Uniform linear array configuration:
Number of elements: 16
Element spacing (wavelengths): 0.5
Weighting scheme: kaiser
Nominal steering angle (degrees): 45
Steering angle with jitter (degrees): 43.977
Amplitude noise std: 0.05
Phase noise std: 0.05

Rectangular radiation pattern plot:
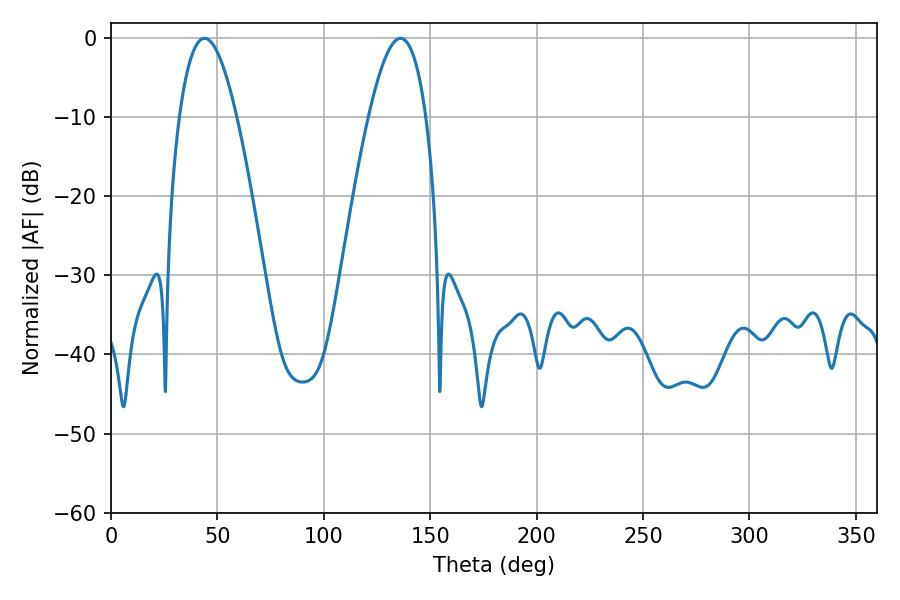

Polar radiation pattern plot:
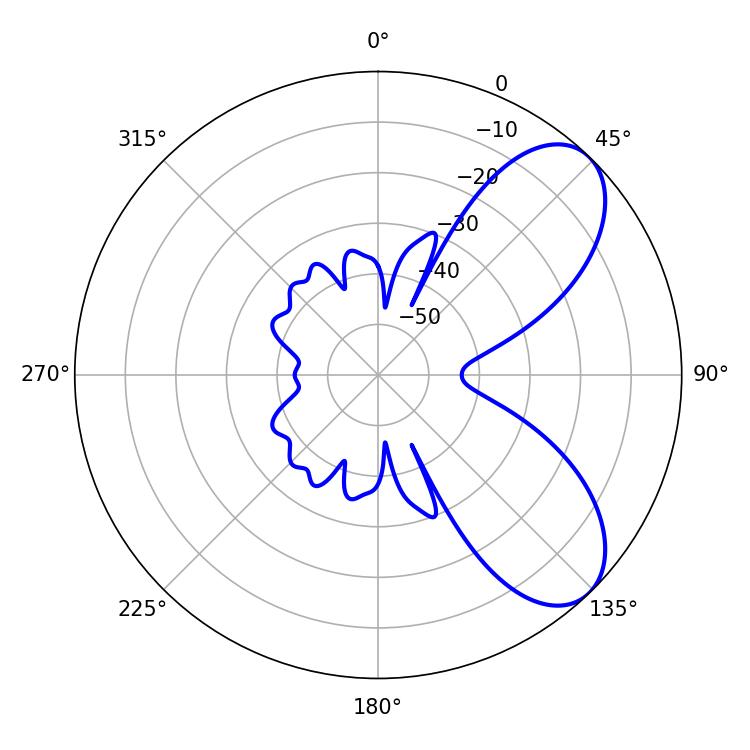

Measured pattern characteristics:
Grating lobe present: FALSE
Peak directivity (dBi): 7.111
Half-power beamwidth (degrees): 14.76
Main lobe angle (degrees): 43.92